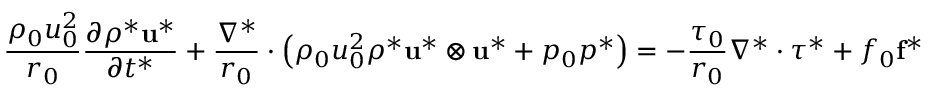
{ \frac { \rho _ { 0 } u _ { 0 } ^ { 2 } } { r _ { 0 } } } { \frac { \partial \rho ^ { * } \mathbf { u } ^ { * } } { \partial t ^ { * } } } + { \frac { \nabla ^ { * } } { r _ { 0 } } } \cdot \left( \rho _ { 0 } u _ { 0 } ^ { 2 } \rho ^ { * } \mathbf { u } ^ { * } \otimes \mathbf { u } ^ { * } + p _ { 0 } p ^ { * } \right) = - { \frac { \tau _ { 0 } } { r _ { 0 } } } \nabla ^ { * } \cdot { \boldsymbol { \tau } } ^ { * } + f _ { 0 } \mathbf { f } ^ { * }